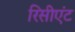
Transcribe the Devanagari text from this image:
रिसीएंट